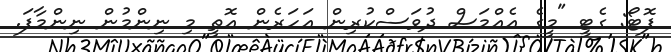
ފޮޓޯ: ގެޓީ "މީގެ އެއްމަސް ދުވަސްކުރިން އަހަރެން އޮތީ މި ނިންމުން ނިންމާފަ.